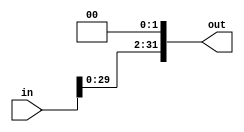
`timescale 1ns / 1ps
//////////////////////////////////////////////////////////////////////////////////
// Company: 
// Engineer: 
// 
// Design Name: 
// Module Name: ShiftLeft
// Project Name: 
// Target Devices: 
// Tool Versions: 
// Description: 
// 
// Dependencies: 
// 
// Revision:
// Revision 0.01 - File Created
// Additional Comments:
// 
//////////////////////////////////////////////////////////////////////////////////


module ShiftLeft(out, in);
input [31:0] in;
output [31:0] out;

assign out = in << 2;
endmodule